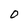
Character: O